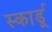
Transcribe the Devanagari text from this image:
स्कार्डू